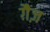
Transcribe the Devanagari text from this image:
ग़ैज़